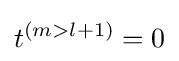
t^{(m>l+1)}=0